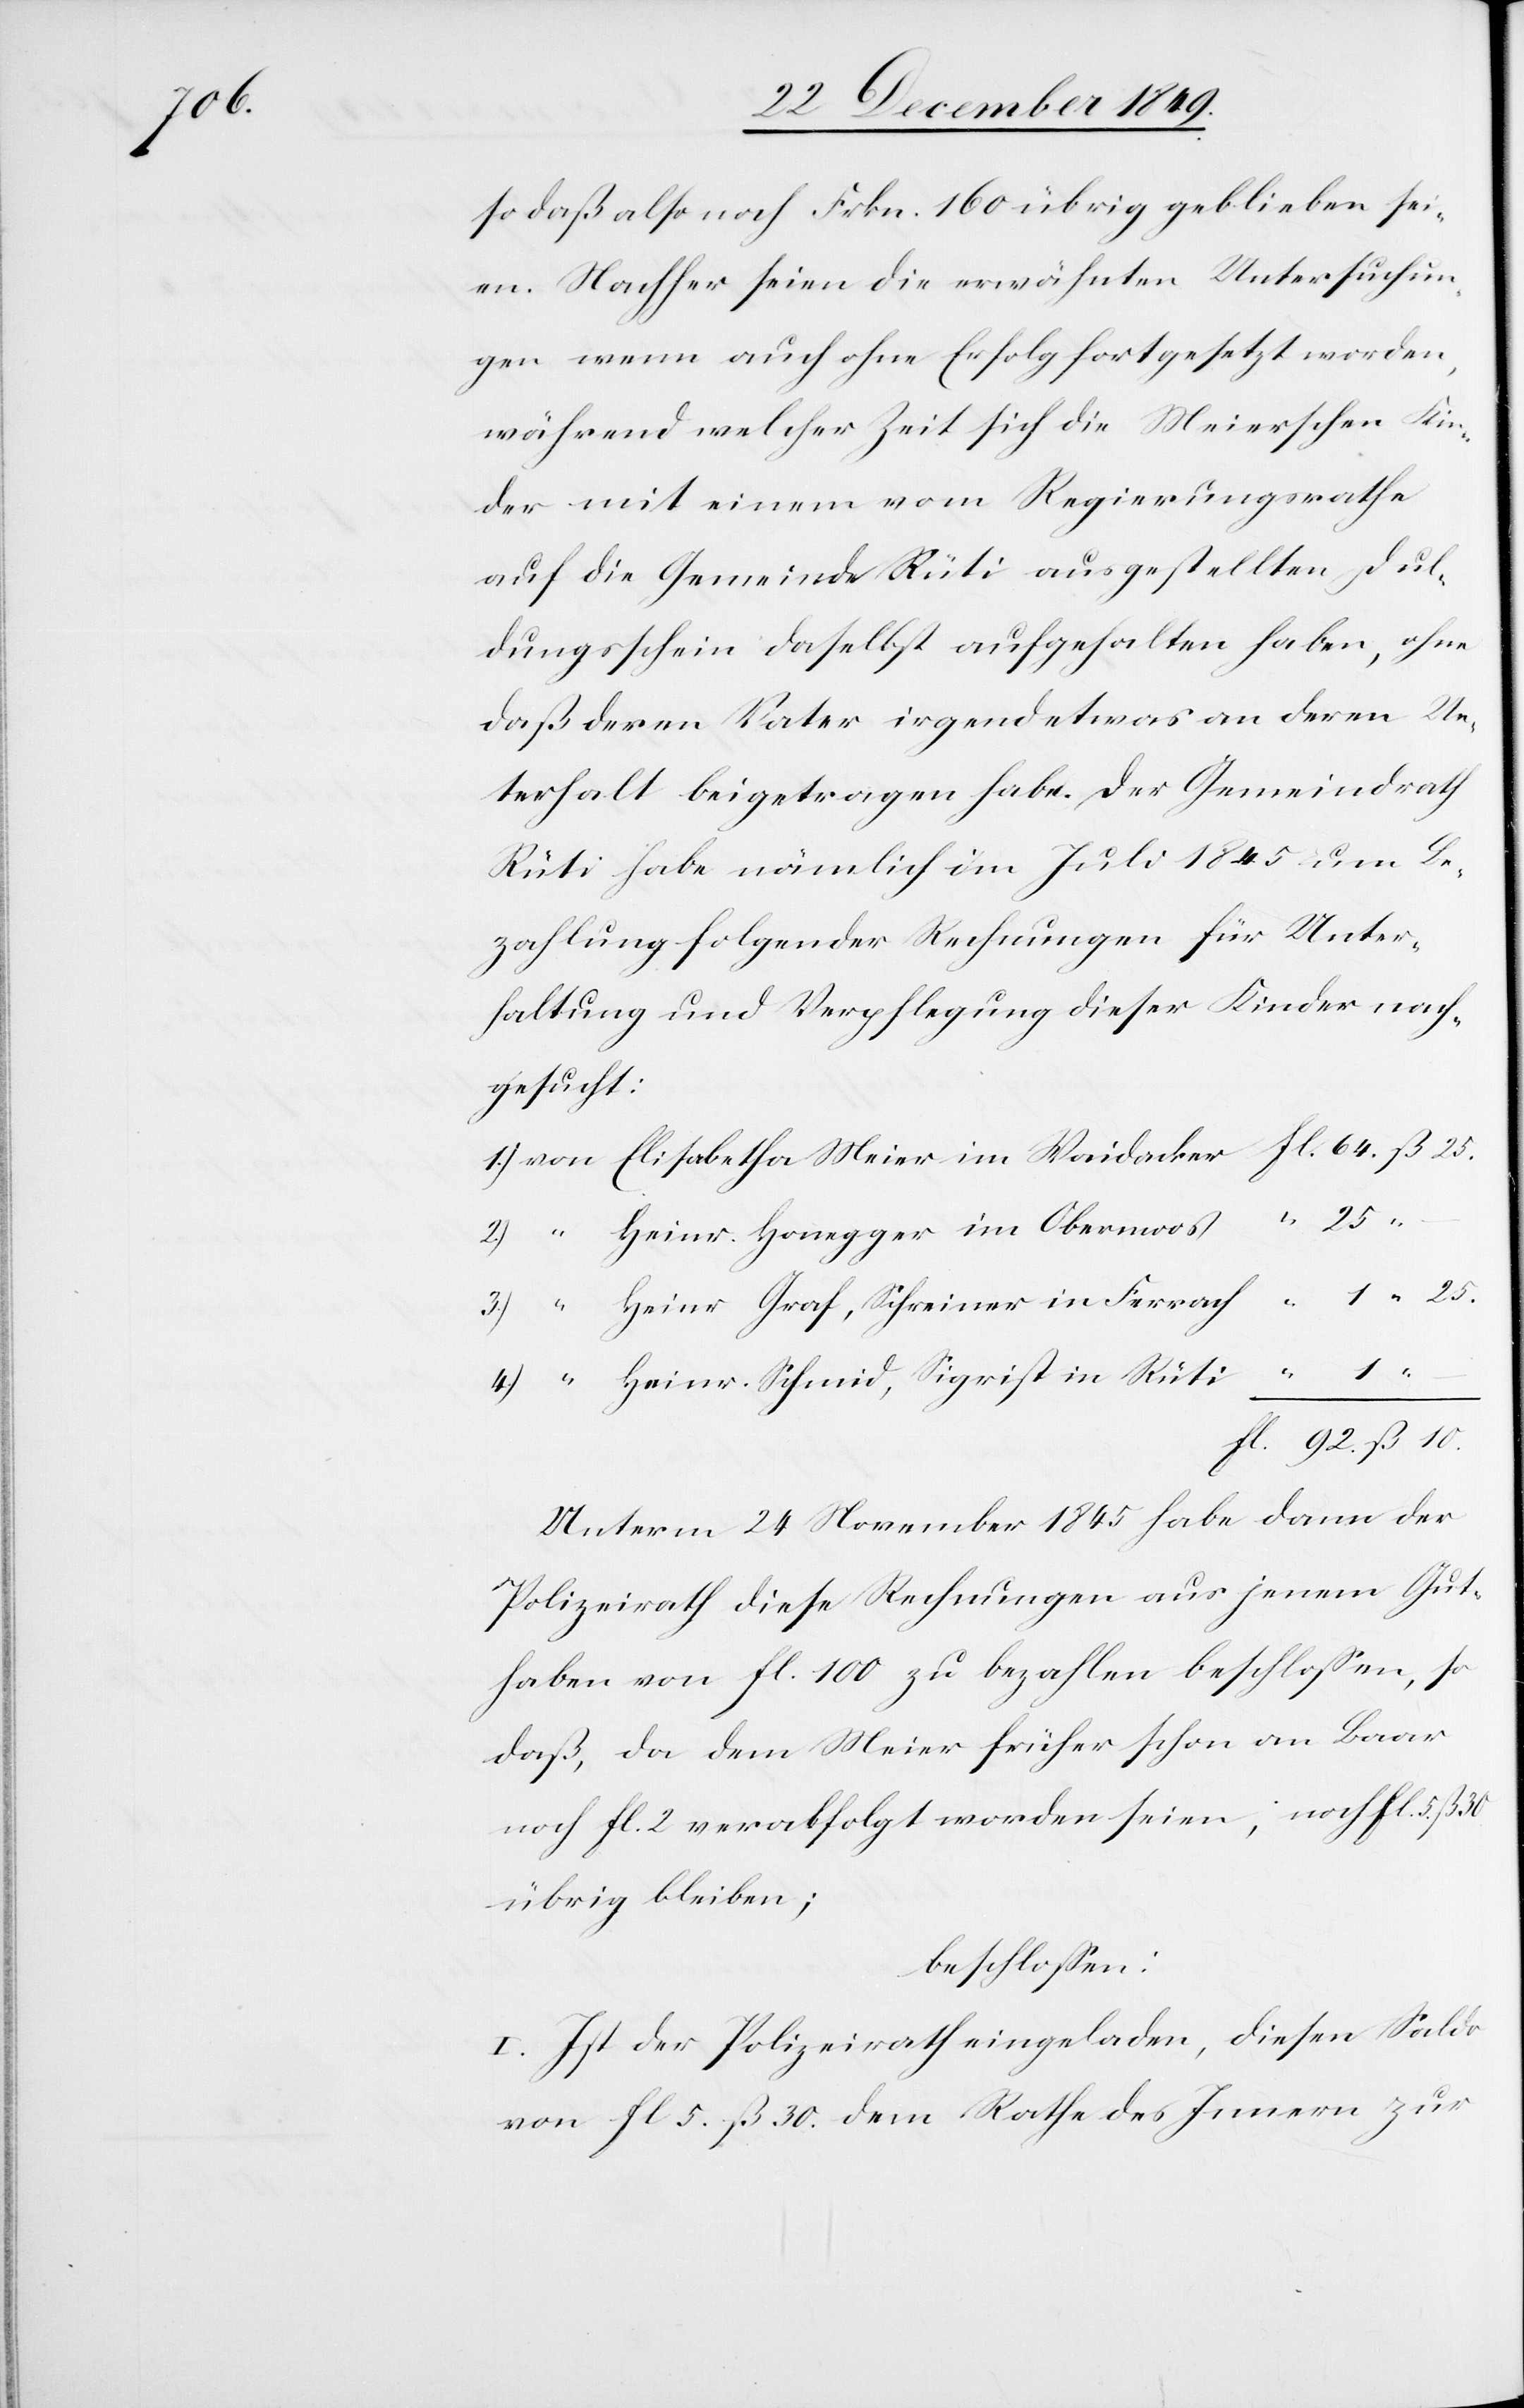
so daß also noch Frkn. 160 übrig geblieben sei¬
en. Nachher seien die erwähnten Untersuchun¬
gen wenn auch ohne Erfolg fortgesetzt worden,
während welcher Zeit sich die Meierschen Kin¬
der mit einem vom Regierungsrathe
auf die Gemeinde Rüti ausgestellten Dul¬
dungsschein daselbst aufgehalten haben, ohne
daß deren Vater irgendetwas an deren Un¬
terhalt beigetragen habe. Der Gemeindrath
Rüti habe nämlich im Juli 1845 um Be¬
zahlung folgender Rechnungen für Unter¬
haltung und Verpflegung dieser Kinder nach¬
gesucht:
1.) von Elisabetha Meier im Waidacker 	fl. 64 ß 25.
2.) “		Heinr. Honegger im Obermoos 	“ 25
3.) “		Heinr. Graf, Schreiner in Ferrach	“	1 “ 25.
4.) “		Heinr. Schmid, Sigrist in Rüti	“
fl 92 ß 10.
Unterm 24 November 1845 habe dann der
Polizeirath diese Rechnungen aus jenem Gut¬
haben von fl 100 zu bezahlen beschloßen, so
daß, da dem Meier früher schon an Baar
noch fl 2 verabfolgt worden seien; noch fl 5 ß
übrig bleiben;
beschloßen:
I. Ist der Polizeirath eingeladen, diesen Saldo
von fl 5 ß 30 dem Rathe des Innern zur